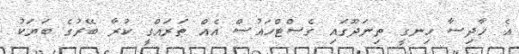
އެ ހާދިސާ ހިނގީ ތިނަދޫގައި ގެސްޓްހައުސް އެއް ތަރައްގީ ކުރާ ބޭރުގެ ބަޔަކު